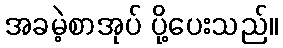
အခမဲ့စာအုပ် ပို့ပေးသည်။